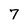
Character: 7